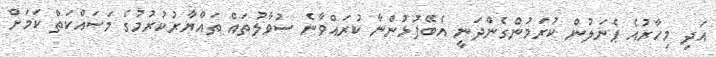
އަދި މިހާރުއެ ޕެނަލުން ކުރަމުންގެންދަނީ އެބޭފުޅުންނާ ކުރައްވާނެ ސުވާލުތައް ތައްޔާރުކުރުމުގެ މަސައްކަތް ކަމަށް